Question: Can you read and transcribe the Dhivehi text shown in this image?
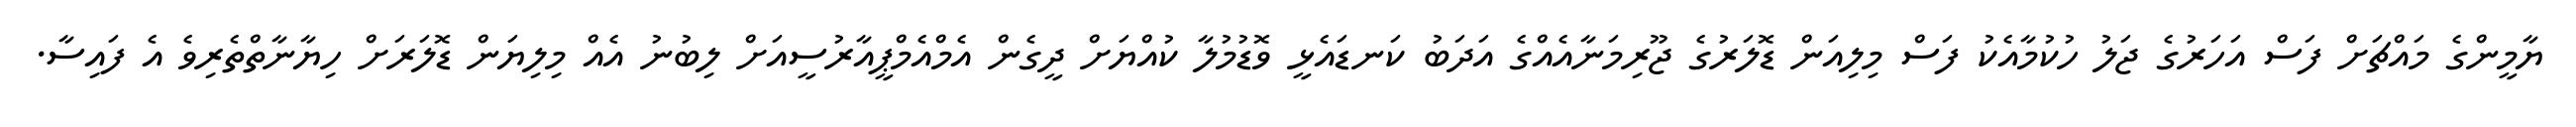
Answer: ޔާމީންގެ މައްޗަށް ފަސް އަހަރުގެ ޖަލު ހުކުމާއެކު ފަސް މިލިއަން ޑޮލަރުގެ ޖޫރިމަނާއެއްގެ އަދަބު ކަނޑައެޅީ ވޮޑުމުލާ ކުއްޔަށް ދީގެން އެމްއެމްޕީއާރުސީއަށް ލިބުނު އެއް މިލިޔަން ޑޮލަރަށް ހިޔާނާތްތެރިވެ އެ ފައިސާ.